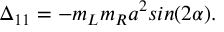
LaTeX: \Delta _ { 1 1 } = - m _ { L } m _ { R } a ^ { 2 } s i n ( 2 \alpha ) .